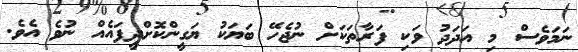
ނަމަވެސް މި އަދަދު ވަކި ފަރާތަކަށް ނުޖެހޭ ބަޔަކު ޔަގީންކޮށްދީފައެއް ނުވެ އެވެ.